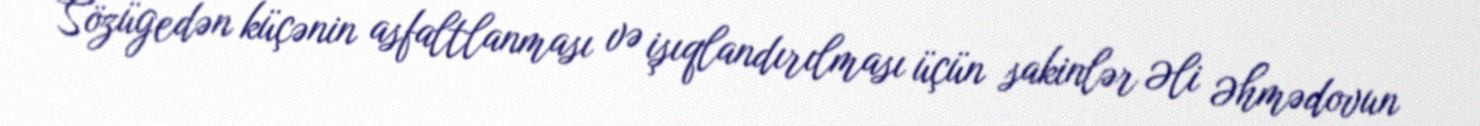
Sözügedən küçənin asfaltlanması və işıqlandırılması üçün sakinlər Əli Əhmədovun